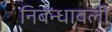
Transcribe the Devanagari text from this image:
निबन्धावली